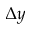
\Delta y